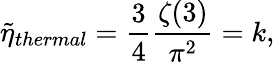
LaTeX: {\tilde{\eta}}_{thermal}={\frac{3}{4}}{\frac{\zeta(3)}{\pi^{2}}}=k,